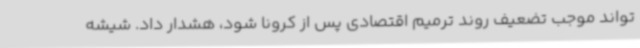
تواند موجب تضعیف روند ترمیم اقتصادی پس از کرونا شود، هشدار داد. شیشه